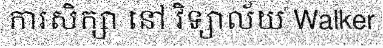
ការសិក្សា នៅ វិទ្យាល័យ Walker